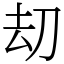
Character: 刧